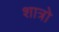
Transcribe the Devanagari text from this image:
शात्रो